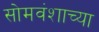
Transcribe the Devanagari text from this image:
सोमवंशाच्या